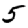
Digit: 5